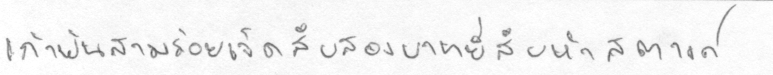
เก้าพันสามร้อยเจ็ดสิบสองบาทยี่สิบห้าสตางค์